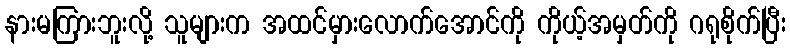
နားမကြားဘူးလို့ သူများက အထင်မှားလောက်အောင်ကို ကိုယ့်အမှတ်ကို ဂရုစိုက်ပြီး